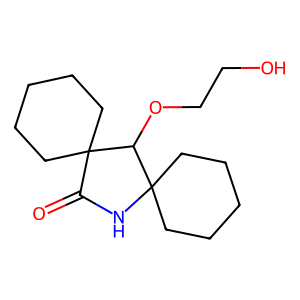
SMILES: O=C1NC2(CCCCC2)C(OCCO)C12CCCCC2
Inhibits HIV replication: No